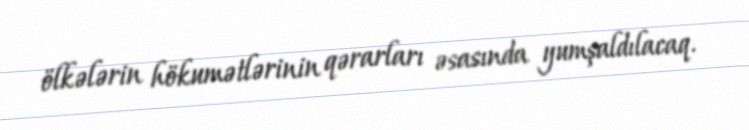
ölkələrin hökumətlərinin qərarları əsasında yumşaldılacaq.